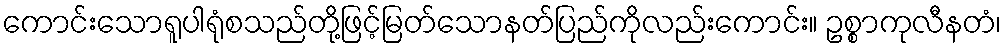
ကောင်းသောရူပါရုံစသည်တို့ဖြင့်မြတ်သောနတ်ပြည်ကိုလည်းကောင်း။ ဥစ္စာကုလီနတံ၊